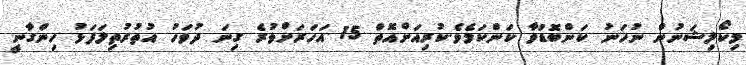
މިކޯލިޝަނުން ނުހަނު ކަންބޮޑުވާ ކަންކަމެވެ.ކުރިއަށްއޮތް 15 އަހަރަށްވުރެ ގިނަ ދުވަހު އުތުރުތިލަފަޅު ހިންގާނީ